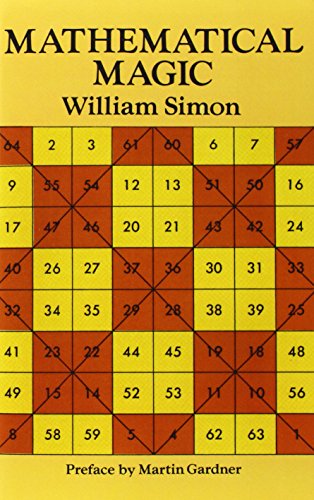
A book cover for Mathematical Magic (Dover Recreational Math); William Simon; Arts & Photography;